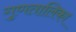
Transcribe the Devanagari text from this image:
गुणतालिका